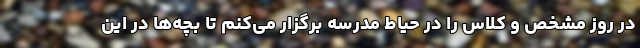
در روز مشخص و کلاس را در حیاط مدرسه برگزار می‌کنم تا بچه‌ها در این